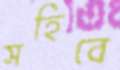
সহিবে